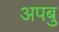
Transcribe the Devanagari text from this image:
अपबु